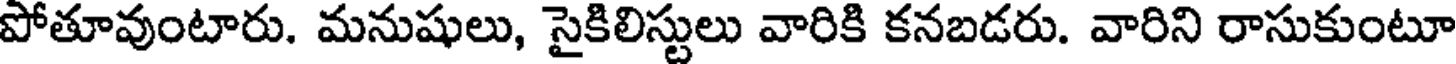
పోతూవుంటారు. మనుషులు, సైకిలిస్టులు వారికి కనబడరు. వారిని రాసుకుంటూ